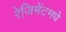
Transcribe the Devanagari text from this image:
रेजिमेंटमधे